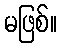
မဖြစ်။